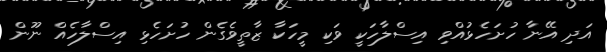
އަދި އޭނާ ހުށަހެޅުއްވި އިސްލާހަކީ ވަކި މީހަކާ ޒާތީވެގެން ހުށަހެޅި އިސްލާހެއް ނޫން